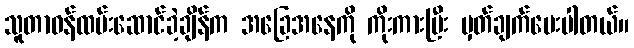
သူတာဝန်ထမ်းဆောင်ခဲ့ချိန်က အခြေအနေကို ကိုးကားပြီး မှတ်ချက်ပေးပါတယ်။